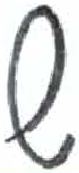
אות: ש